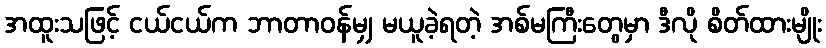
အထူးသဖြင့် ငယ်ငယ်က ဘာတာဝန်မျှ မယူခဲ့ရတဲ့ အစ်မကြီးတွေမှာ ဒီလို စိတ်ထားမျိုး